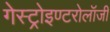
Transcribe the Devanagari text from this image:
गेस्ट्रोइण्टरोलॉजी